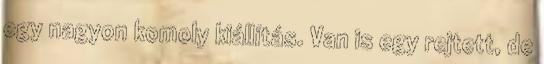
egy nagyon komoly kiállítás. Van is egy rejtett, de